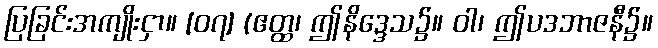
ပြခြင်းအကျိုးငှာ။ [၀၇] (ဧတ္ထ၊ ဤနိဒ္ဒေသ၌။ ဝါ၊ ဤပဒဘာဇနီ၌။